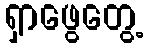
ရှာဖွေတွေ့